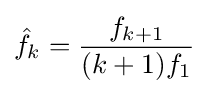
{\hat {f}}_{k}={\frac {f_{k+1}}{(k+1)f_{1}}}